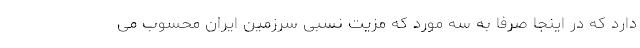
دارد که در اینجا صرفا به سه مورد که مزیت نسبی سرزمین ایران محسوب می